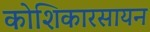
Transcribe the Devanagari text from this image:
कोशिकारसायन